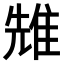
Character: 𨾷